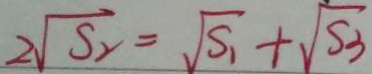
2 \sqrt { S _ { 2 } } = \sqrt { S _ { 1 } } + \sqrt { S _ { 3 } }